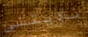
ناديتني